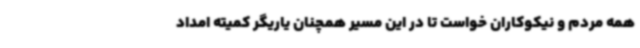
همه مردم و نیکوکاران خواست تا در این مسیر همچنان یاریگر کمیته امداد